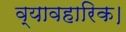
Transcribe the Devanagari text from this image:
व्यावहारिक।